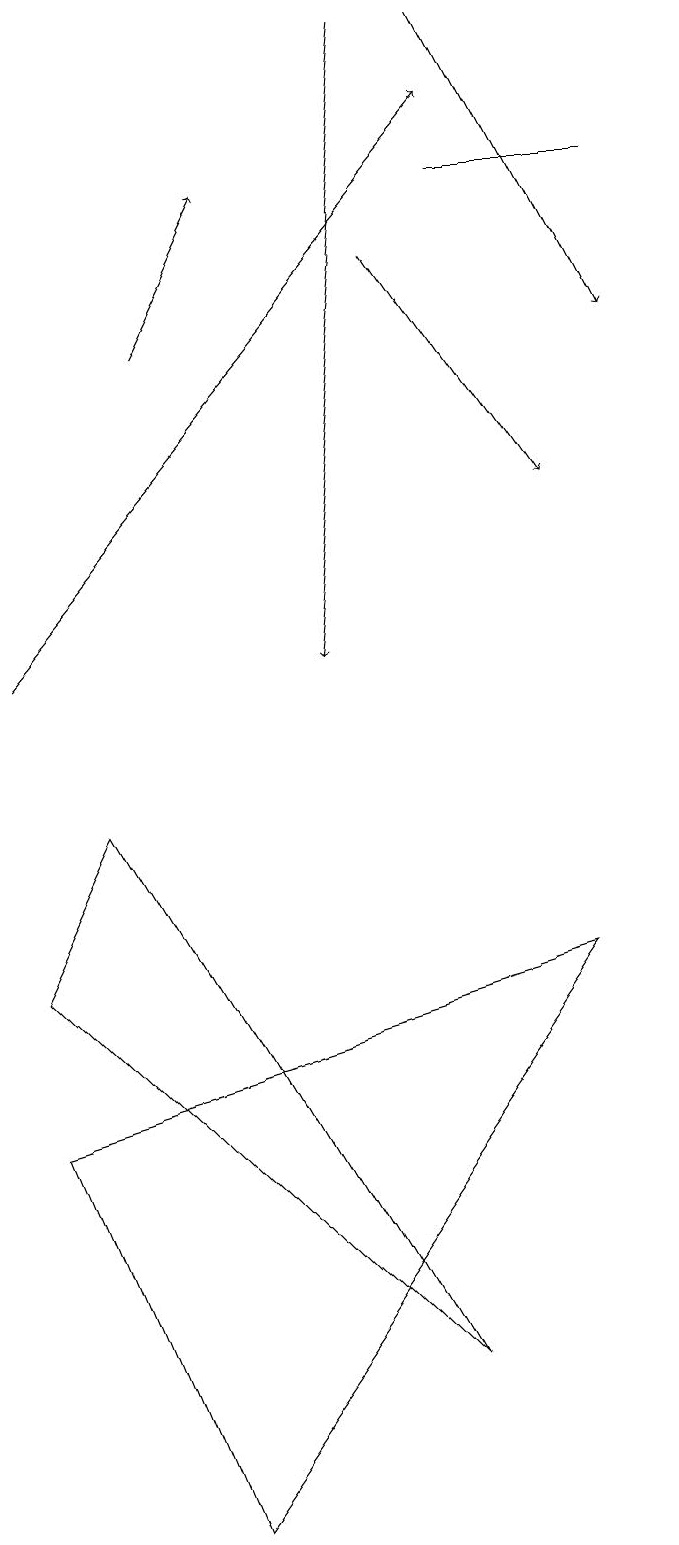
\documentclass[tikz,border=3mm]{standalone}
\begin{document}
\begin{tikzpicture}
\draw[->] (3,15) -- (4,17);
\draw (1,7) -- (2,9) -- (6,2) -- cycle;
\draw[->] (1,11) -- (7,18);
\draw[->] (6,16) -- (8,13);
\draw[->] (6,19) -- (5,11);
\draw (3,0) -- (1,5) -- (8,7) -- cycle;
\draw[->] (7,19) -- (9,15);
\draw (7,17) rectangle (9,17);
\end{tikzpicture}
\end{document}